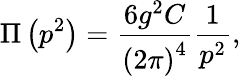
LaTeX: \Pi\left(p^{2}\right)=\frac{6g^{2}C}{\left(2\pi\right)^{4}}\frac 1{p^{2}},